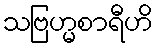
သဗြဟ္မစာရီဟိ